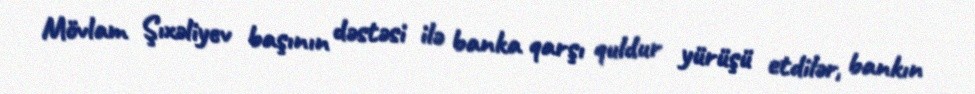
Mövlam Şıxəliyev başının dəstəsi ilə banka qarşı quldur yürüşü etdilər, bankın